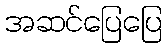
အဆင်ပြေပြေ